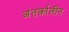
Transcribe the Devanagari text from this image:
अंतर्कालीन